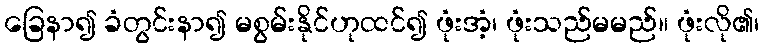
ခြေနာ၍ ခံတွင်းနာ၍ မစွမ်းနိုင်ဟုထင်၍ ဖုံးအံ့၊ ဖုံးသည်မမည်။ ဖုံးလို၏၊